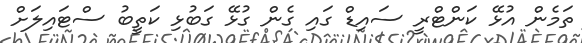
ތަމެން އުޅޭ ކަންޓްރީ ސައިޑް ގައި ގެން ގުޅޭ ގަބުޅި ކަތީބު ސްޓައިލަށް